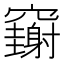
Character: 𥩄